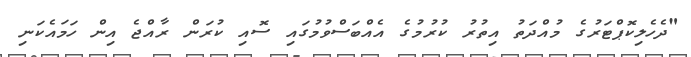
"ދެހެލިކޮޕްޓަރުގެ މުއްދަތު އިތުރު ކުރުމުގެ އެއްބަސްވުމުގައި ސޮއި ކުރަން ރާއްޖެ އިން ހަމައެކަނި